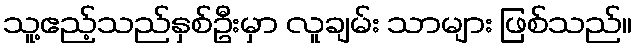
သူ့ဧည့်သည်နှစ်ဦးမှာ လူချမ်း သာများ ဖြစ်သည်။